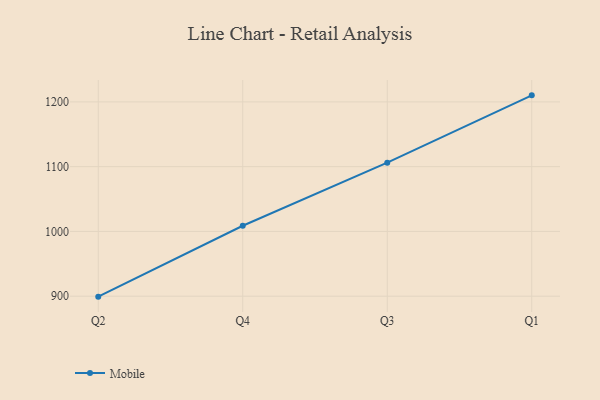
{"axis": {"x": "Quarter", "y": "Headcount"}, "legend": ["Mobile"], "data": [{"x": "Q2", "y": 899.3, "type": "Mobile"}, {"x": "Q4", "y": 1008.8, "type": "Mobile"}, {"x": "Q3", "y": 1106.1, "type": "Mobile"}, {"x": "Q1", "y": 1210.1, "type": "Mobile"}]}